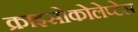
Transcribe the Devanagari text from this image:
क्राइसोकोलेप्टेस